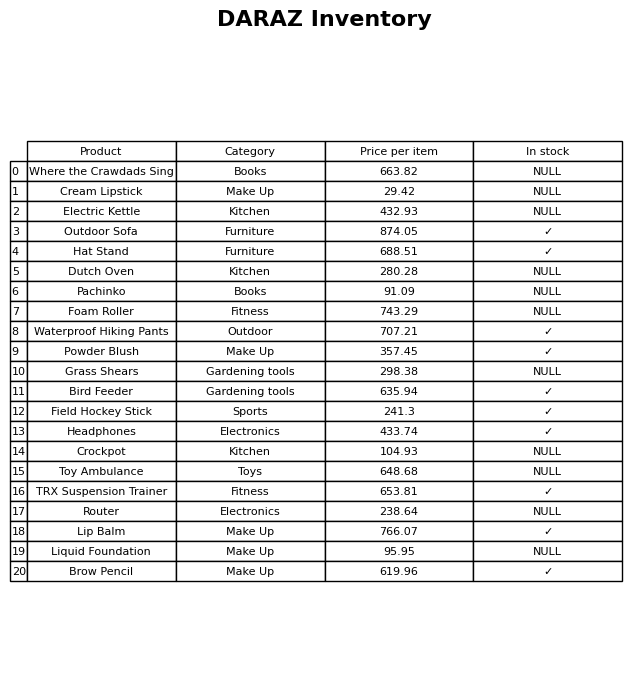
question: What is the price for Outdoor Sofa?
answer: The price of Outdoor Sofa is 874.05.